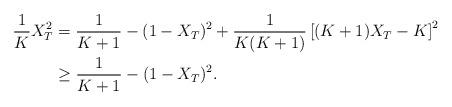
LaTeX: \begin{align*} \frac{1}{K} X_T^2 &= \frac{1}{K + 1} - (1 - X_T)^2 + \frac{1}{K(K + 1)} \left[ (K + 1) X_T - K \right]^2 \\&\ge \frac{1}{K + 1} - (1 - X_T)^2 .\end{align*}